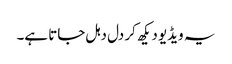
یہ ویڈیو دیکھ کر دل دہل جاتا ہے۔